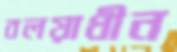
বলয়াধীন